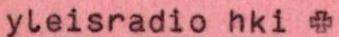
yleisradio hki +